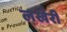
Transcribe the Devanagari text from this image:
लखेरी